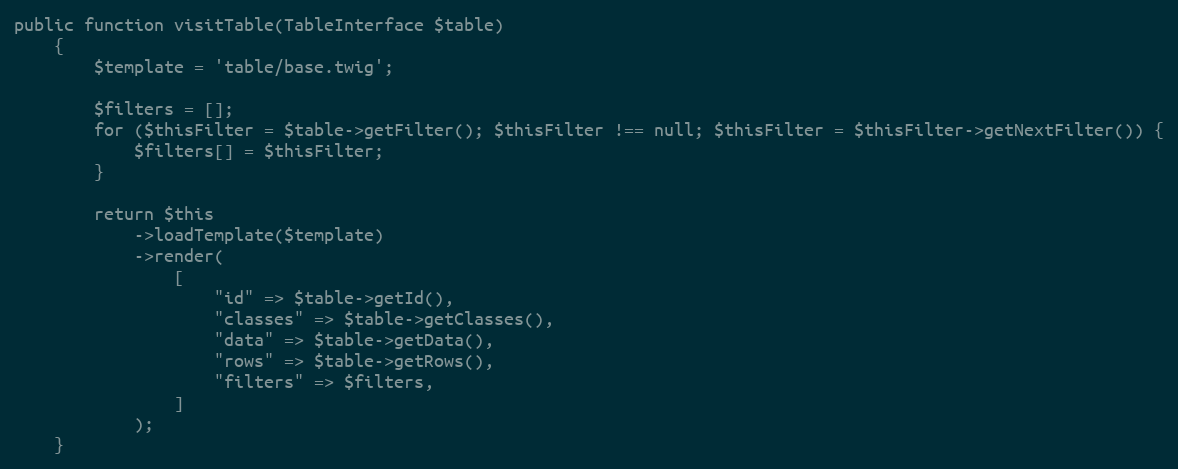
Language: PHP
public function visitTable(TableInterface $table)
    {
        $template = 'table/base.twig';

        $filters = [];
        for ($thisFilter = $table->getFilter(); $thisFilter !== null; $thisFilter = $thisFilter->getNextFilter()) {
            $filters[] = $thisFilter;
        }

        return $this
            ->loadTemplate($template)
            ->render(
                [
                    "id" => $table->getId(),
                    "classes" => $table->getClasses(),
                    "data" => $table->getData(),
                    "rows" => $table->getRows(),
                    "filters" => $filters,
                ]
            );
    }